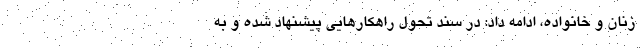
زنان و خانواده، ادامه داد: در سند تحول راهکارهایی پیشنهاد شده و به